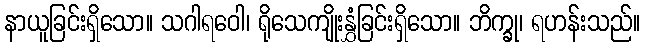
နာယူခြင်းရှိသော။ သဂါရဝေါ၊ ရိုသေကျိုးနွှံခြင်းရှိသော။ ဘိက္ခု၊ ရဟန်းသည်။